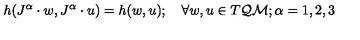
h ( J ^ { \alpha } \cdot w , J ^ { \alpha } \cdot u ) = h ( w , u ) ; \quad \forall w , u \in T { \cal Q M } ; \alpha = 1 , 2 , 3